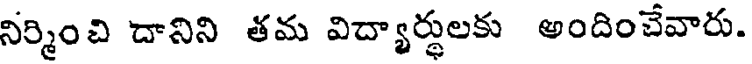
నిర్మించి దానిని తమ విద్యార్థులకు అందించేవారు.